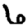
Digit: 6